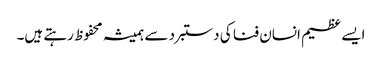
ایسے عظیم انسان فنا کی دستبرد سے ہمیشہ محفوظ رہتے ہیں۔